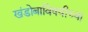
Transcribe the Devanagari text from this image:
खंडोबाविषयीच्या